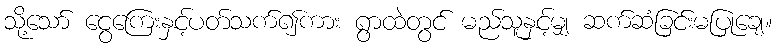
သို့သော် ငွေကြေးနှင့်ပတ်သက်၍ကား ရွာထဲတွင် မည်သူနှင့်မျှ ဆက်ဆံခြင်းမပြုချေ။